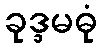
ခုဒ္ဒမဓုံ